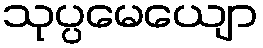
သုပ္ပမေယျော